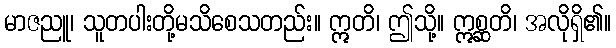
မာဇညူ၊ သူတပါးတို့မသိစေသတည်း။ ဣတိ၊ ဤသို့။ ဣစ္ဆတိ၊ အလိုရှိ၏။